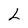
Character: L